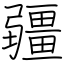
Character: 疆